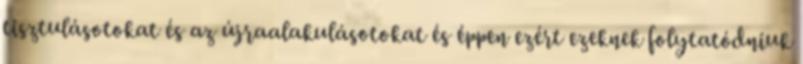
tisztulásotokat és az újraalakulásotokat és éppen ezért ezeknek folytatódniuk